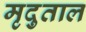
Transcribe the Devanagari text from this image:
मृदुताल